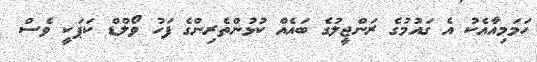
ހަމަމިއާއެކު އެ ގައުމުގެ ރަންޖީލުގެ ބައެއް ކުޅުންތެރިންގެ ފަހު ވޯލްޑް ކަޕަކީ ވެސް